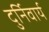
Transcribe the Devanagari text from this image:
दुर्निवार्य